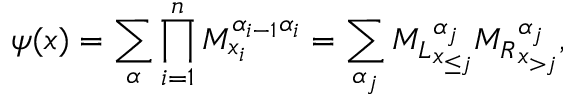
\psi ( \boldsymbol { x } ) = \sum _ { \boldsymbol { \alpha } } \prod _ { i = 1 } ^ { n } M _ { x _ { i } } ^ { \alpha _ { i - 1 } \alpha _ { i } } = \sum _ { \alpha _ { j } } { M _ { L } } _ { \boldsymbol { x } _ { \le j } } ^ { \alpha _ { j } } { M _ { R } } _ { \boldsymbol { x } _ { > j } } ^ { \alpha _ { j } } ,